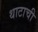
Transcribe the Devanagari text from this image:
थाटाची